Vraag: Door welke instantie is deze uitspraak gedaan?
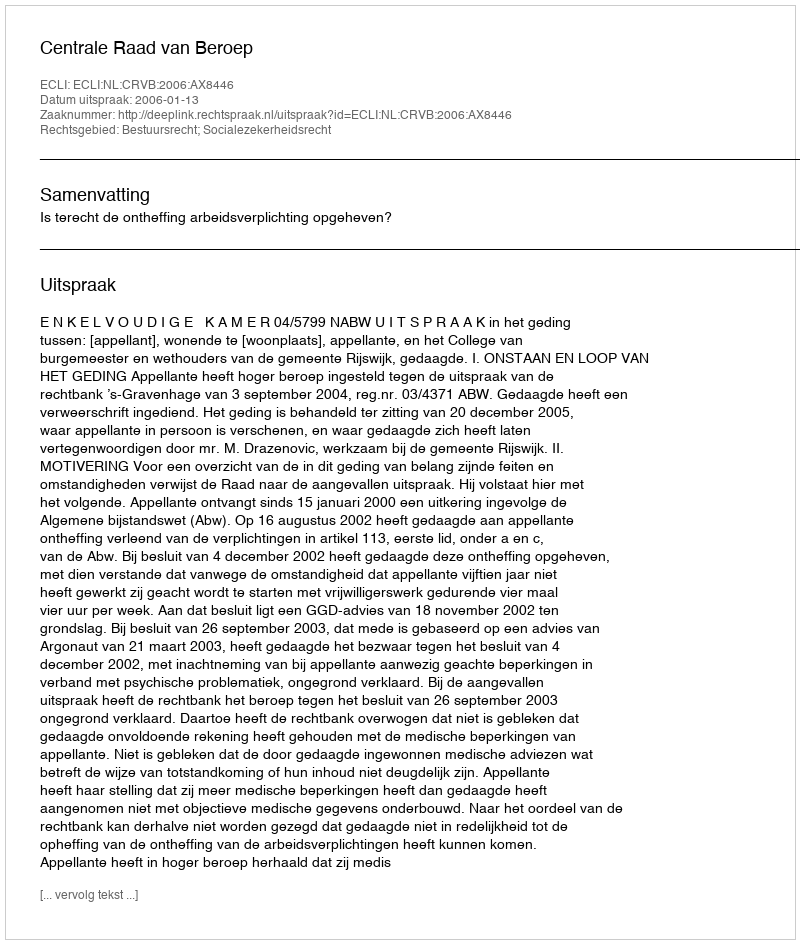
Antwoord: Centrale Raad van Beroep